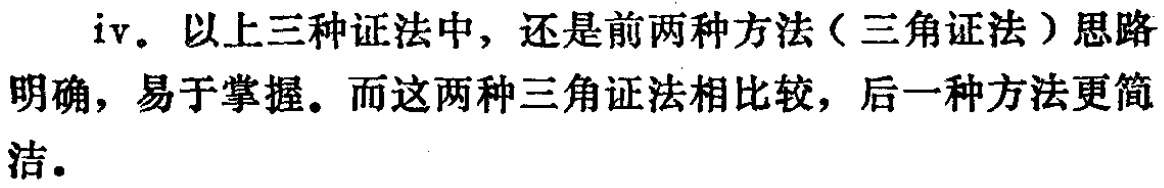
iv. 以上三种证法中，还是前两种方法（三角证法）思路明确，易于掌握。而这两种三角证法相比较，后一种方法更简洁。